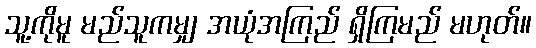
သူ့ကိုမူ မည်သူကမျှ အယုံအကြည် ရှိကြမည် မဟုတ်။